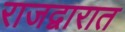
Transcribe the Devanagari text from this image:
राजद्वारात